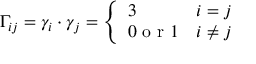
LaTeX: \Gamma _ { i j } = \gamma _ { i } \cdot \gamma _ { j } = \left\{ \begin{array} { l l } { { 3 } } & { { i = j } } \\ { { 0 \textrm { o r } 1 } } & { { i \ne j } } \end{array} \right.